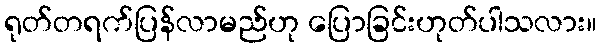
ရုတ်တရက်ပြန်လာမည်ဟု ပြောခြင်းဟုတ်ပါသလား။